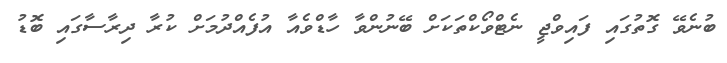
ބުނެވޭ ގޮތުގައި ފައިވްޖީ ނެޓްވޯކްތަކަށް ބޭނުންވާ ހާޑްވެއާ އުފެއްދުމަށް ކުރާ ދިރާސާގައި ބޮޑު